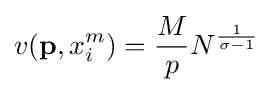
v(\mathbf {p} ,x_{i}^{m})={\frac {M}{p}}N^{\frac {1}{\sigma -1}}